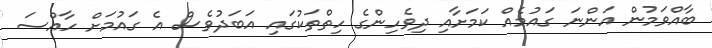
ބާއްވަމުން އަންނަ ގައުމެއް ކަމަށާއި ދިވެހިންގެ ހިތްތަކުގައި އަބަދުވެސް އެ ގައުމަށް ހާއްސަ